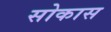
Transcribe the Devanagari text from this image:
सोकास